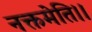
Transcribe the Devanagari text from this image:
नक्तमेति।।